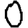
Digit: 0